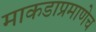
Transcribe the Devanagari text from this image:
माकडाप्रमाणेच